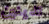
تدينين